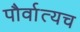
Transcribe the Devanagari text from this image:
पौर्वात्यच